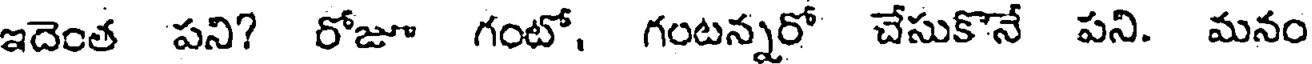
ఇదెంత పని? రోజూ గంటో, గంటన్నరో చేసుకొనే పని. మనం